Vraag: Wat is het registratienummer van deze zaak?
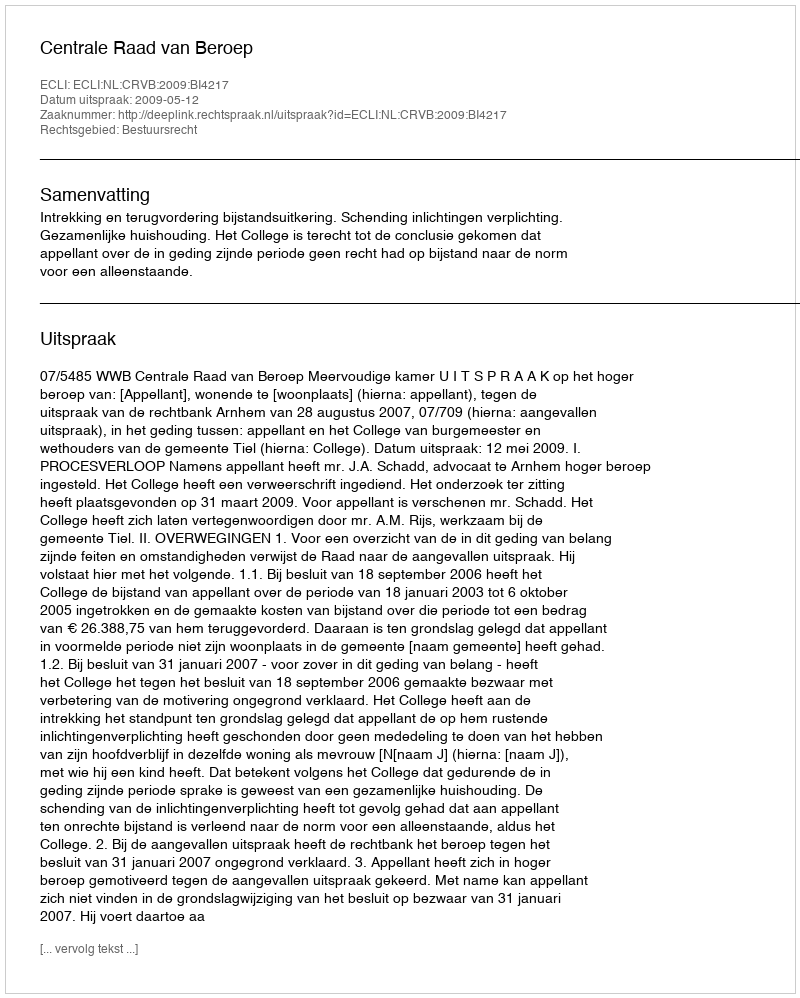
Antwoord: http://deeplink.rechtspraak.nl/uitspraak?id=ECLI:NL:CRVB:2009:BI4217